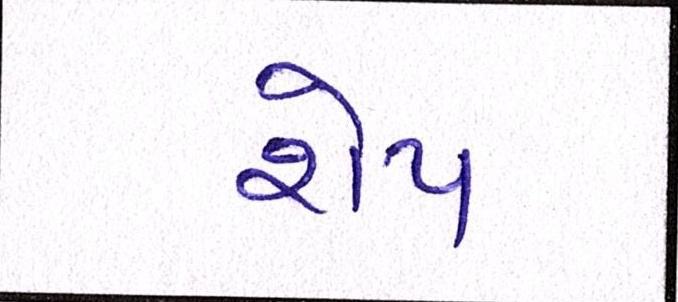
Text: શેપ